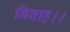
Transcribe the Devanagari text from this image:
बिबाह।।